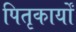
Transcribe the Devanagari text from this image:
पितृकार्यों